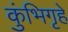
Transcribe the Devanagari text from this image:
कुंभिगृहे